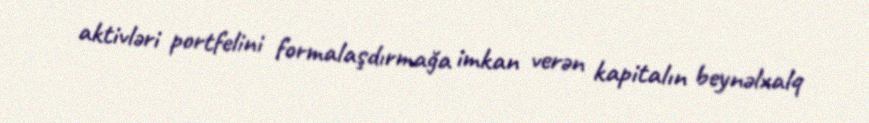
aktivləri portfelini formalaşdırmağa imkan verən kapitalın beynəlxalq